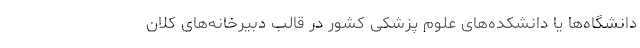
دانشگاه‌ها یا دانشکده‌های علوم پزشکی کشور در قالب دبیرخانه‌های کلان